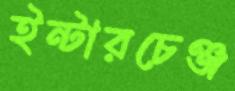
ইন্টারচেঞ্জ